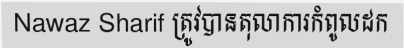
Nawaz Sharif ត្រូវបានតុលាការកំពូលដក